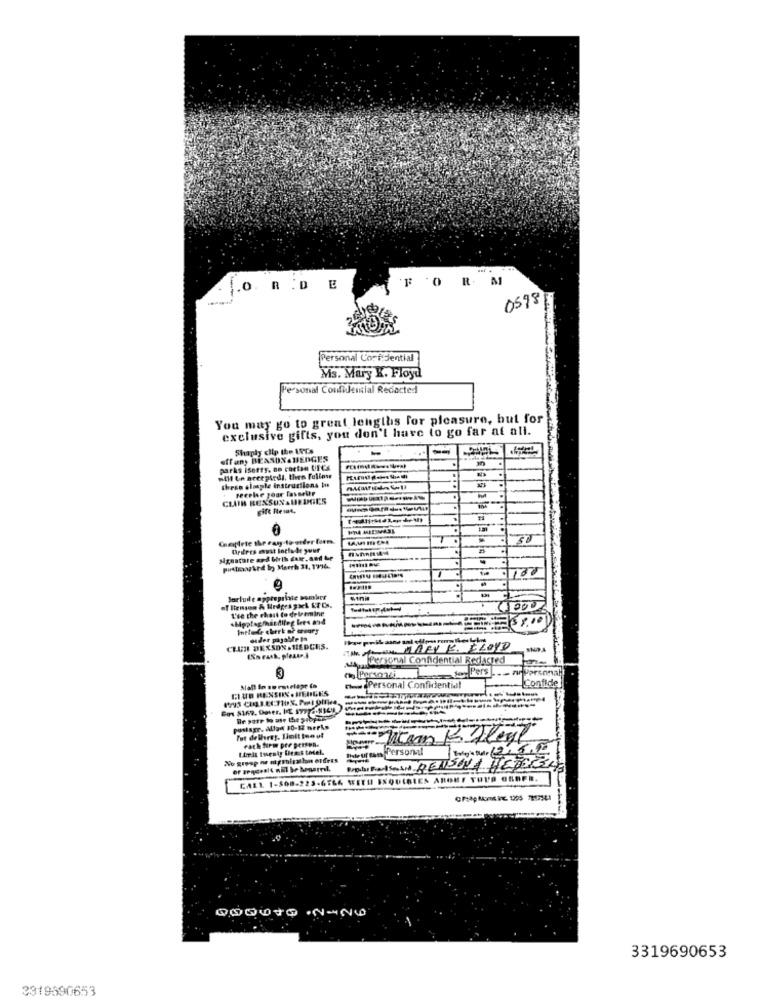
'F 'O R M
.O. R . D
E
0598
Personal Cori dential
Ms. Mary K. Floyd
Personal Confidencial Redacted
You may go to great lengths for pleasure, but for
exclusive gifts, you don't have to go far at all.
Shaply clip the IPTs
strany BENSON&HEDGES
parks isorry, no carton UFCs
will be acceptedl, then Fellow
these oluple instructions iu
CLUB REXSUNAUEDOES
gift Reint.
Cheptete the car to order form.
Ordres must Include your
100
Jorluile appropriate osmber
of Itemson & Hedges gael KT Cs.
L'se the chest to delremine
--------
58.000
Include cherk of weary
CLUIN DERSON . HIEDCES.
un -Personal Confidential Redacted
13
no Persondi
Confide
CLUB RENSON . HEDGES
medPersonal Confidential
pastagr. Allan 10-12 oreks
Fot delhref. limit ten ol
Witam K. Alegl
Ihteuresn Personal
No group ne miprofession offres
CALL. 1-808-223-67LA WEEHI ISQUIBLES AROET YUVA GROPE.
DOGOTO . NUNO
3319690653
3319690653